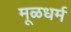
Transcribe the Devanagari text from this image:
मूळधर्म